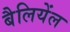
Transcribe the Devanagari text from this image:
बैलियेंल